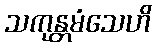
သကုန္တမံသေဟိ